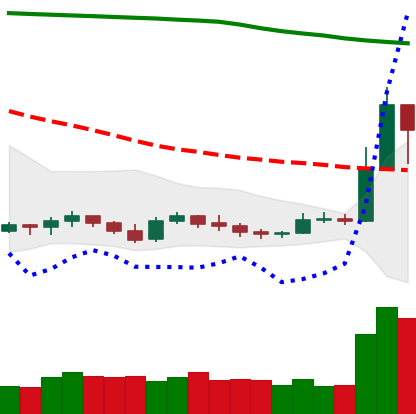
Ticker: XRP-USD
Chart end date: 2019-09-19
Forward return: -22.224%
Label: down_7plus